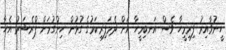
ހީނުވާއިރު ފިރިމީހާ ވެސް އަނބިމީހާ އަށް ދެމަފިރިކަމުގެ ގުޅުން ހިންގުމަށް ޕްރެޝަރު އެހާ